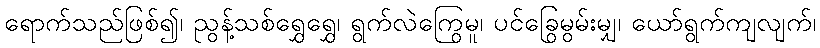
ရောက်သည်ဖြစ်၍၊ ညွန့်သစ်ရွှေရွှေ၊ ရွက်လဲကြွေမူ၊ ပင်ခြွေမွမ်းမျှ၊ ယော်ရွက်ကျလျက်၊